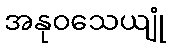
အနုဝသေယျုံ